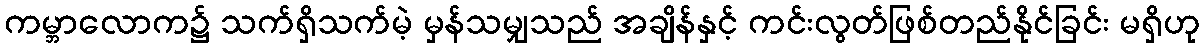
ကမ္ဘာလောက၌ သက်ရှိသက်မဲ့ မှန်သမျှသည် အချိန်နှင့် ကင်းလွတ်ဖြစ်တည်နိုင်ခြင်း မရှိဟု